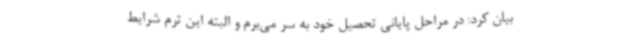
بیان کرد: در مراحل پایانی تحصیل خود به سر می‌برم و البته این ترم شرایط